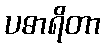
ပဓာရိတာ